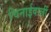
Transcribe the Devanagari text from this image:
चिनाईवालीं